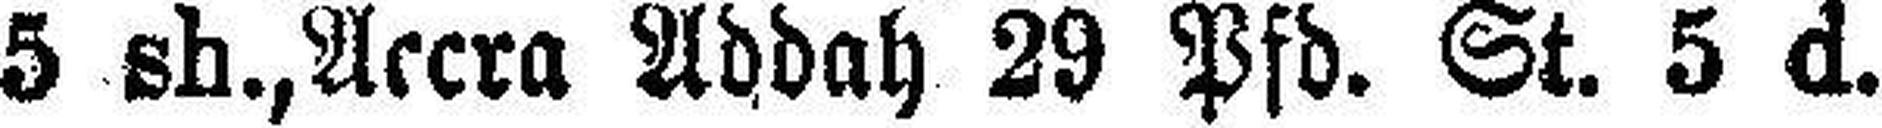
5 sh., Accra Adday 29 Pfd. St. 5 d.